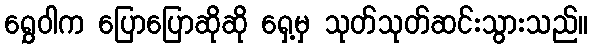
ရွှေဝါက ပြောပြောဆိုဆို ရှေ့မှ သုတ်သုတ်ဆင်းသွားသည်။